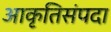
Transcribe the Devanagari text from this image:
आकृतिसंपदा